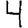
Digit: 4